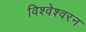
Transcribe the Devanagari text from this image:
विश्वेश्वरन